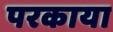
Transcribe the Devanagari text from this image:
परकाया